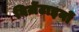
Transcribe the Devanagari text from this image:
बिज़ेंटाइनों